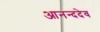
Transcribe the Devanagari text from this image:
आनन्ददेव